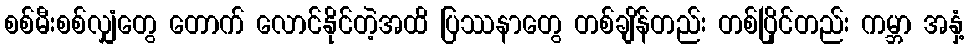
စစ်မီးစစ်လျှံတွေ တောက် လောင်နိုင်တဲ့အထိ ပြဿနာတွေ တစ်ချိန်တည်း တစ်ပြိုင်တည်း ကမ္ဘာ အနှံ့